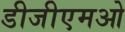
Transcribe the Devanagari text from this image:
डीजीएमओ